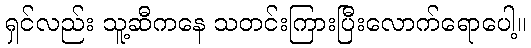
ရှင်လည်း သူ့ဆီကနေ သတင်းကြားပြီးလောက်ရောပေါ့။